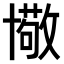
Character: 𠧂